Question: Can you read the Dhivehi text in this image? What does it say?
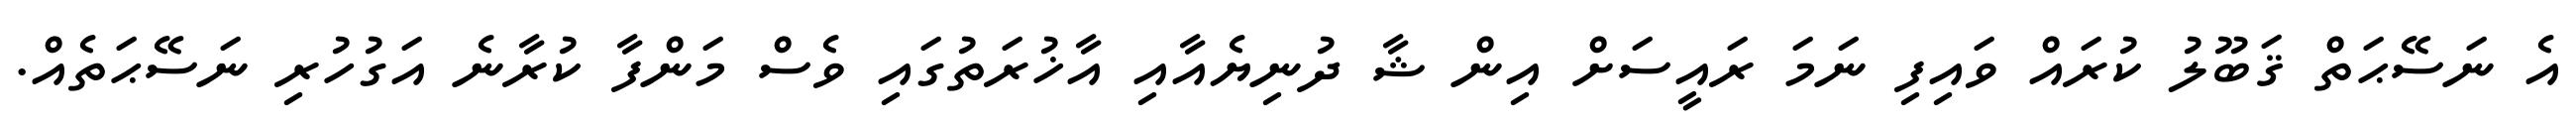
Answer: އެ ނަސޭޙަތް ޤަބޫލު ކުރައް ވައިފި ނަމަ ރައީސަށް އިން ޝާ ދުނިޔެއާއި އާޚުރަތުގައި ވެސް މަންފާ ކުރާނެ އަގުހުރި ނަސޭޙަތެއް.